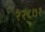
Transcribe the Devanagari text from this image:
२२८७१